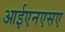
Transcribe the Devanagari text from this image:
आईएनएसए